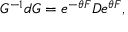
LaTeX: G ^ { - 1 } d G = e ^ { - \theta F } D e ^ { \theta F } ,